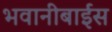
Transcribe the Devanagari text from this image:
भवानीबाईस